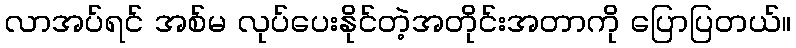
လာအပ်ရင် အစ်မ လုပ်ပေးနိုင်တဲ့အတိုင်းအတာကို ပြောပြတယ်။